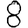
Digit: 8